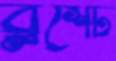
ব্লশেট